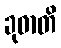
ခုဓာတိ